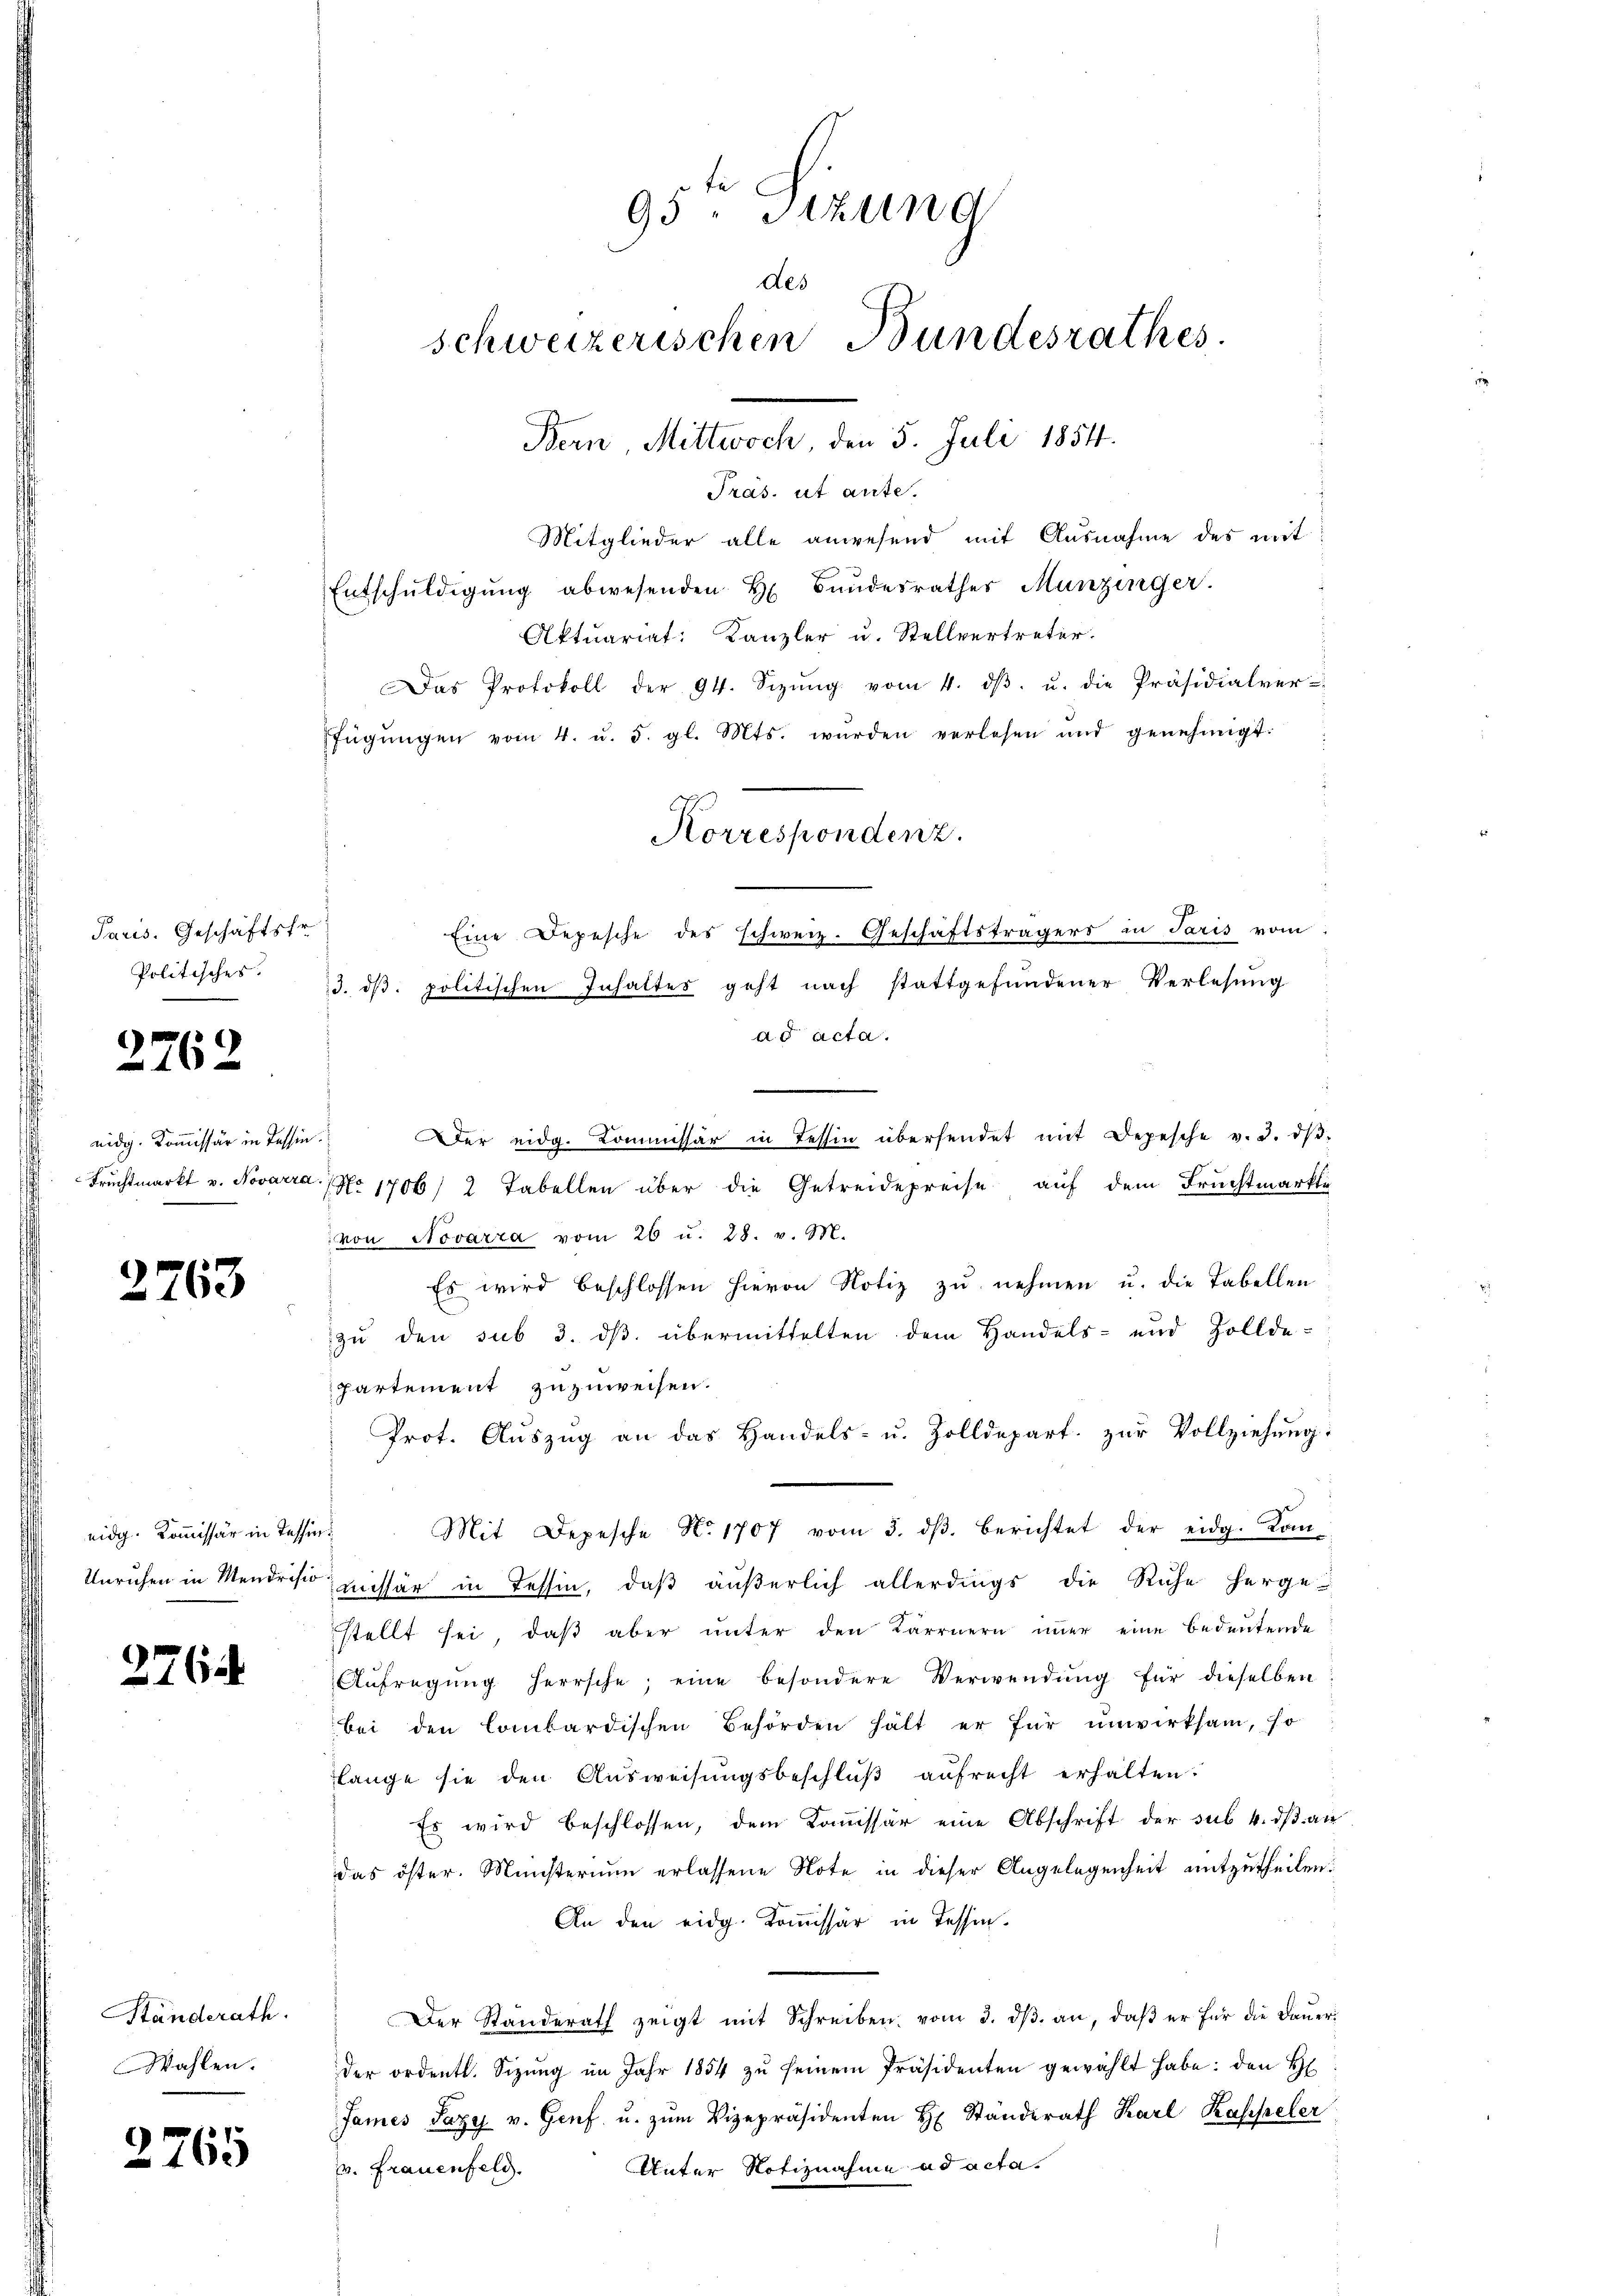
Paris. Geschäftsfr.
Politisches.

2762

eidig. Kommissär in Tessin.
Fruchtmarkt v. Novarra

2763

eidg. Kommissär in Tessin¬

2764

Ständerath.
Wahlen.

2765

95. Sizung
des
schweizerischen Bundesrathes
Bern, Mittwoch, den 5. Juli 1854.
Präs. ut ante.

Mitglieder alle anwesend mit Ausnahme des mit
Entschŭldigŭng abwesenden H. Bŭndesrathes Munzinger.
Aktuariat: Kanzler u. Stellvertreter.
Der eidg. Kommissär in Tessin übersendet mit Depesche v. 3. dβ-
2 No 1706/ 2 Tabellen über die Getreidepreise auf dem Fruchtmarkte
von Novarra vom 26 u. 28. v. M.
Es wird beschlossen hievon Notiz zu nehmen u. die Tabellen
zu den sub 3. ds. übermittelten dem Handels- und Zollde-
partement zuzuweisen.
Prot. Aŭszŭg an das Handels- u. Zolldepart. zŭr Vollziehŭng:
Mit Depesche No. 1707 vom 3. dβ. berichtet der eidg. Kom-
Unruhen in Mendrist missär in Tessin, daß äußerlich allerdings die Ruhe herge-
stellt sei, daβ aber unter den Kärrnern immer eine bedeutende
Aŭfregŭng herrsche; eine besondere Verwendŭng für dieselben
bei den Combardischen Behörden hält er für unwirksam, so
lange sie den Ausweisungsbeschlŭβ aŭfrecht erhalten.
Es wird beschlossen, dem Kommissär eine Abschrift der sub. 4. dβ an
das öster. Münsterium erlassene Note in dieser Angelegenheit mitzutheilen.
An den eidg. Kommissär in Tessin.
Der Standerath zeigt mit Schreiben vom 3. dβ an, daβ er für die Daŭer
der ordentl. Sizŭng im Jahr 1854 zŭ seinem Präsidenten gewählt habe: den H
James Pazy v. Genf u. zum Vizepräsidenten H. Standerath Karl Kappeler
Unter Notiznahme ad acta.
v. Frauenfeld.

Das Protokoll der 94. Sizŭng vom 4. dβ. u. die Präsidialver-
fügŭngen vom 4. u. 5. gl. Mts. wurden verlesen und genehmigt.
Korrespondenz.
Eine Depesche des schweiz. Geschäftsträgers in Paris vom
13. ds. politischen Inhaltes geht nach stattgefundener Verlesung
ad acta.